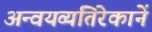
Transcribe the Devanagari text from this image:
अन्वयव्यतिरेकानें